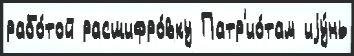
рабо́той расшифро́вку Патр'ио́там иjу́нь